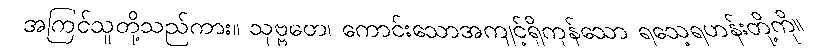
အကြင်သူတို့သည်ကား။ သုဗ္ဗတေ၊ ကောင်းသောအကျင့်ရှိကုန်သော ရသေ့ရဟန်းတို့ကို။